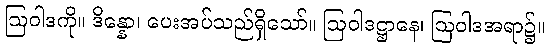
ဩဝါဒကို။ ဒိန္နော၊ ပေးအပ်သည်ရှိသော်။ ဩဝါဒဋ္ဌာနေ၊ ဩဝါဒအရာ၌။